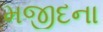
મજીદના